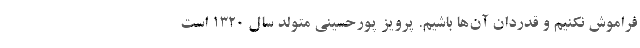
فراموش نکنیم و قدردان آن‌ها باشیم. پرویز پورحسینی متولد سال 1320 است